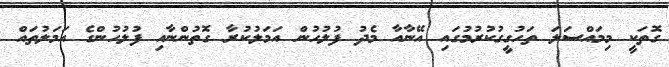
ގޮތަކީ މިމައްސަލަ ތަހުގީގުކުރުމުގައި އޭނާއާ މެދު ފުލުހުން އަމަލުކުރާ ގޮތުންނާއި ފުލުހުންގެ އަމަލުތައް